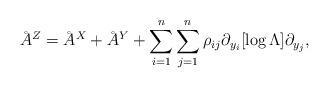
LaTeX: \begin{align*}\AA^Z = \AA^X + \AA^Y + \sum_{i = 1}^n \sum_{j = 1}^n \rho_{ij} \partial_{y_i}[\log \Lambda] \partial_{y_j},\end{align*}